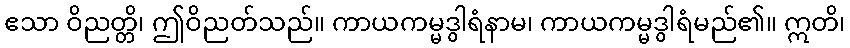
ဧသာ ဝိညတ္တိ၊ ဤဝိညတ်သည်။ ကာယကမ္မဒွါရံနာမ၊ ကာယကမ္မဒွါရံမည်၏။ ဣတိ၊